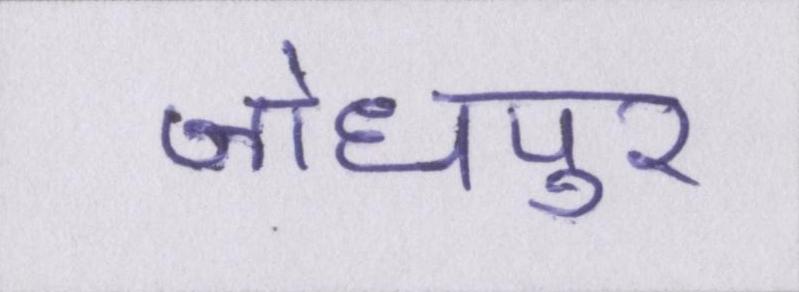
जोधपुर